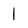
Character: 1